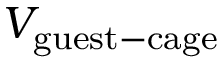
V _ { \mathrm { g u e s t - c a g e } }